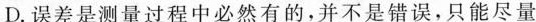
D.误差是测量过程中必然有的，并不是错误，只能尽量